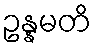
ဥန္နမတိ